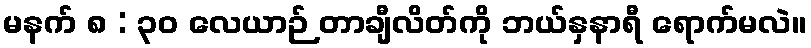
မနက် ၈ : ၃၀ လေယာဉ် တာချီလိတ်ကို ဘယ်နှနာရီ ရောက်မလဲ။